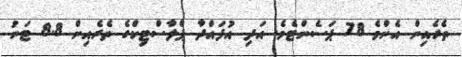
ތެރެއިން އެންމެ 78 ޕަސެންޓެވެ. އަދި އުފައްދާ ޕްލާސްޓިކްގެ ތެރެއިން 8.8 ޓަނު